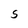
Character: S